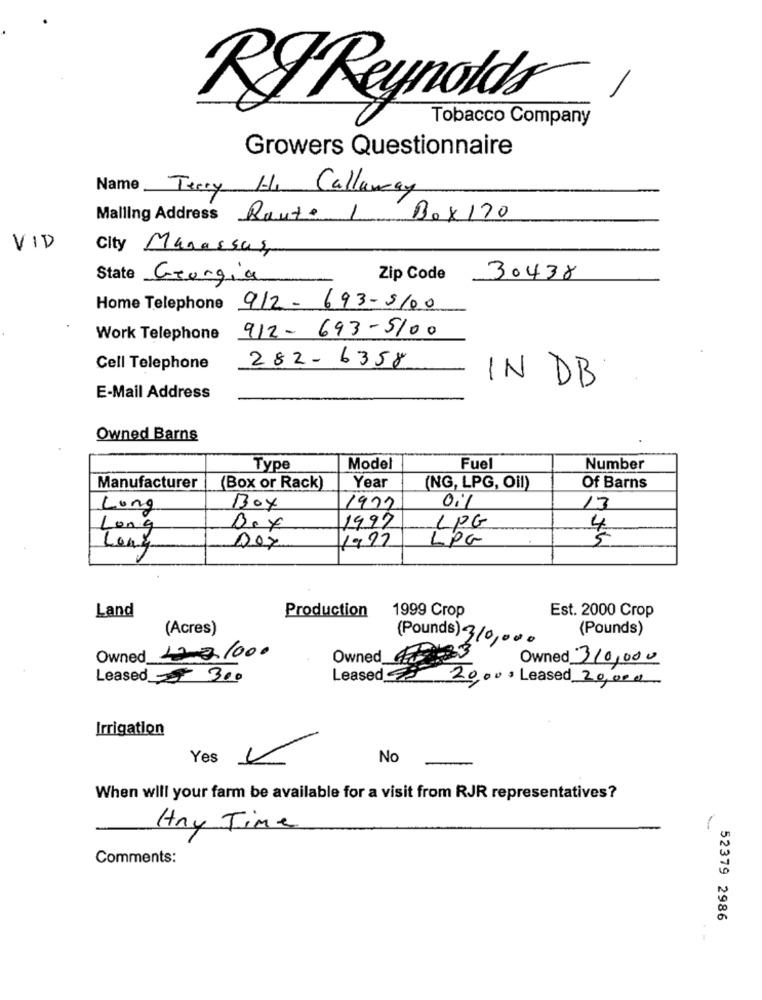
RyReynolda®
Tobacco Company
Growers Questionnaire
Name Terry H-11
Callaway
Mailing Address Raute L
Box 170
VID
City Manassas
State Georgia
Zip Code
30438
Home Telephone 912-693-5100
Work Telephone 912-693-5100
282-6358
Cell Telephone
IN DB
E-Mail Address
Owned Barns
Type
Mode
Fuel
Number
Manufacturer
(Box or Rack)
Year
(NG, LPG, Oil)
Of Barns
Long
Box
1977
oil
13
Long
Bex
1997
LPG
11977
LPG
Long
Land
Production
1999 Crop
Est. 2000 Crop
(Acres)
(Pounds)
(Pounds) 310,000
Owned 12 21000
Owned_
Owned 310,000
Leased $ 300
Leased
20,000 Leased 20,000
Irrigation
Yes
No
When will your farm be available for a visit from RJR representatives?
Hay Time
Comments:
52379 2986